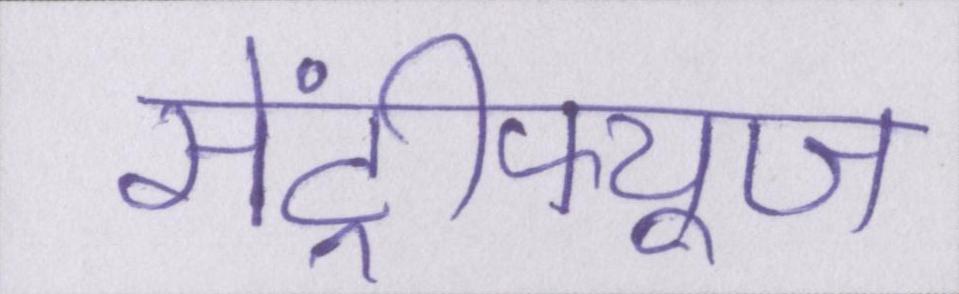
सेंट्रीफ्यूज